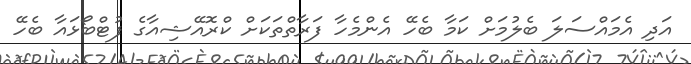
އަދި އެމައްސަލަ ބެލުމަށް ކަމާ ބެހޭ އެންމެހާ ފަރާތްތަކަށް ކްރޮއޭޝިއާގެ ފުޓްބޯޅައާ ބެހޭ